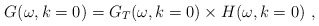
\begin{align*}G(\omega ,k=0)=G_{T}(\omega ,k=0)\times H(\omega ,k=0)\ ,\end{align*}